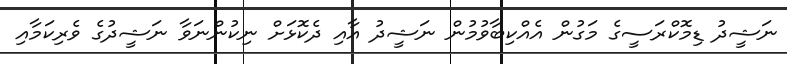
ނަޝީދު ޑިމޮކްރަސީގެ މަގުން އެއްކިބާވުމުން ނަޝީދު އާއި ދެކޮޅަށް ނިކުންނަވާ ނަޝީދުގެ ވެރިކަމާއި